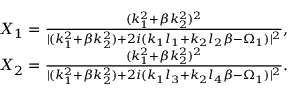
\begin{array} { r } { X _ { 1 } = \frac { ( k _ { 1 } ^ { 2 } + \beta k _ { 2 } ^ { 2 } ) ^ { 2 } } { \lvert ( k _ { 1 } ^ { 2 } + \beta k _ { 2 } ^ { 2 } ) + 2 i ( k _ { 1 } l _ { 1 } + k _ { 2 } l _ { 2 } \beta - \Omega _ { 1 } ) \rvert ^ { 2 } } , } \\ { X _ { 2 } = \frac { ( k _ { 1 } ^ { 2 } + \beta k _ { 2 } ^ { 2 } ) ^ { 2 } } { \lvert ( k _ { 1 } ^ { 2 } + \beta k _ { 2 } ^ { 2 } ) + 2 i ( k _ { 1 } l _ { 3 } + k _ { 2 } l _ { 4 } \beta - \Omega _ { 1 } ) \rvert ^ { 2 } } . } \end{array}